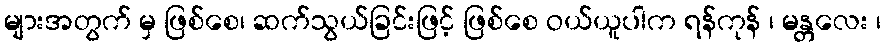
များအတွက် မှ ဖြစ်စေ၊ ဆက်သွယ်ခြင်းဖြင့် ဖြစ်စေ ဝယ်ယူပါက ရန်ကုန် ၊ မန္တလေး ၊